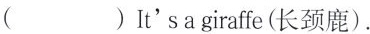
（ )It's a giraffe(长颈鹿).